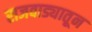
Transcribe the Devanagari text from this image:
राजवाड्यातून